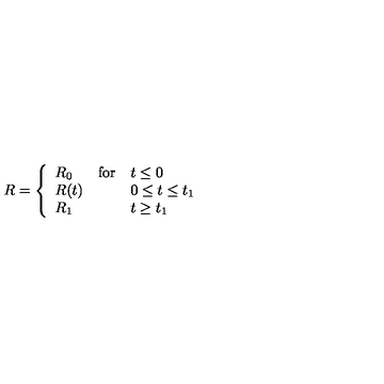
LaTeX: R = \left\{ \begin{array} { l l l } { R _ { 0 } } & { \mathrm { f o r } } & { t \leq 0 } \\ { R ( t ) } & { } & { 0 \leq t \leq t _ { 1 } } \\ { R _ { 1 } } & { } & { t \geq t _ { 1 } } \\ \end{array} \right.